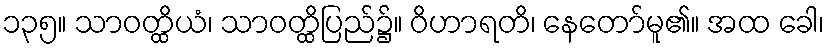
၁၃၅။ သာဝတ္ထိယံ၊ သာဝတ္ထိပြည်၌။ ဝိဟာရတိ၊ နေတော်မူ၏။ အထ ခေါ၊